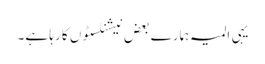
یہی المیہ ہمارے بعض نیشنلسٹوں کا رہا ہے۔